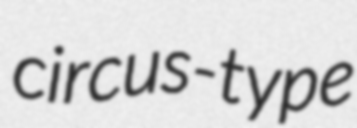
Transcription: circus-type